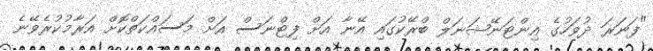
"ފަނަރަ ދުވަހުގެ އިންޓަނޭޝަނަލް ބްރޭކުގައި އޭނާ އަށް ފިޓްނަސް އަށް މަސައްކަތްކޮށް އަރާމުކުރެވޭނެ